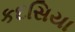
કદસિયા